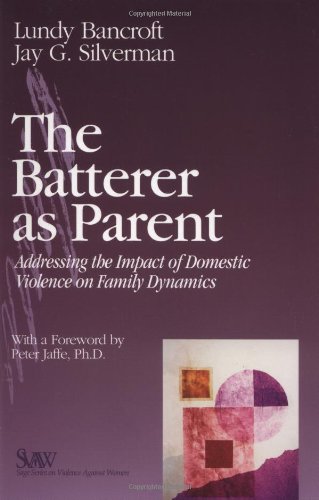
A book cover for The Batterer as Parent: Addressing the Impact of Domestic Violence on Family Dynamics (SAGE Series on Violence against Women); R. Lundy Bancroft; Parenting & Relationships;